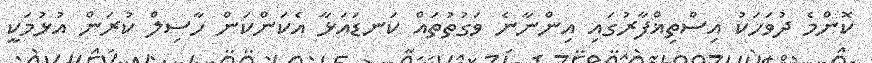
ކޮންމެ ދުވަހަކު އިސްތިޣްފާރުގައި އިންނާނެ ވަގުތުތައް ކަނޑައަޅާ އެކަންކަން ހާސިލް ކުރަން އުޅުމަކީ